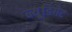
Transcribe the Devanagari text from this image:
न्यू्डिगेट